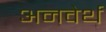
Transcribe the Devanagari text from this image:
अनवेर्थ